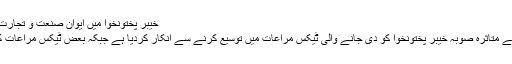
خیبر پختونخوا میں ایوان صنعت و تجارت کے صدر ڈاکٹر محمد یوسف سرور
مرکزی حکومت نے دہشت گردی سے متاثرہ صوبہ خیبر پختونخوا کو دی جانے والی ٹیکس مراعات میں توسیع کرنے سے انکار کردیا ہے جبکہ بعض ٹیکس مراعات کو مکمل طور پر ختم کر دیا گیا ہے۔